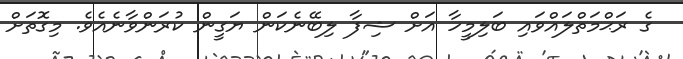
ގެ ރަޙްމަތްލައްވައި ބަލިމީހާ އަށް ޝިފާ ލިބޭނެކަން ޔަގީން ކުރަންވާނެއެވެ. މިގޮތަށް